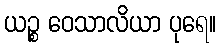
ယဉ္စ ဝေသာလိယာ ပုရေ။